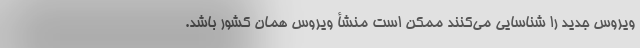
ویروس جدید را شناسایی می‌کنند ممکن است منشأ ویروس همان کشور باشد.